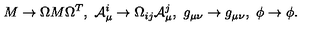
M \to \Omega M \Omega ^ { T } , \ { \cal A } _ { \mu } ^ { i } \to \Omega _ { i j } { \cal A } _ { \mu } ^ { j } , \ g _ { \mu \nu } \to g _ { \mu \nu } , \ \phi \to \phi .